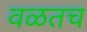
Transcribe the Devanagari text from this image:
वळतच